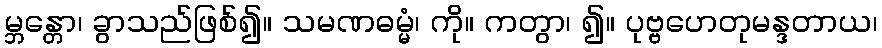
မ္ဘန္တော၊ ခွာသည်ဖြစ်၍။ သမဏဓမ္မံ၊ ကို။ ကတွာ၊ ၍။ ပုဗ္ဗဟေတုမန္ဒတာယ၊